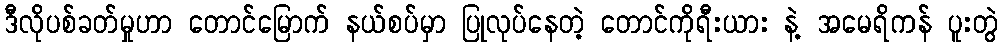
ဒီလိုပစ်ခတ်မှုဟာ တောင်မြောက် နယ်စပ်မှာ ပြုလုပ်နေတဲ့ တောင်ကိုရီးယား နဲ့ အမေရိကန် ပူးတွဲ